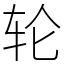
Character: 轮